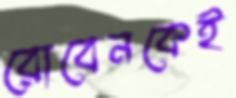
রোবেনকেই